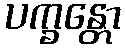
ပက္ခန္တော